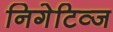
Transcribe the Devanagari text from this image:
निगेटिव्ज